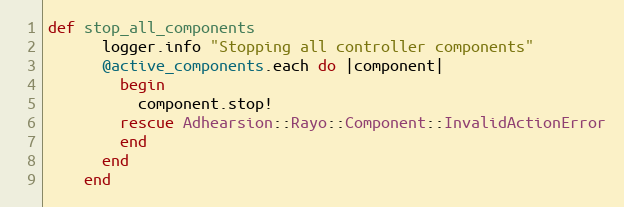
Language: Ruby
def stop_all_components
      logger.info "Stopping all controller components"
      @active_components.each do |component|
        begin
          component.stop!
        rescue Adhearsion::Rayo::Component::InvalidActionError
        end
      end
    end